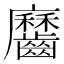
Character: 𪙱